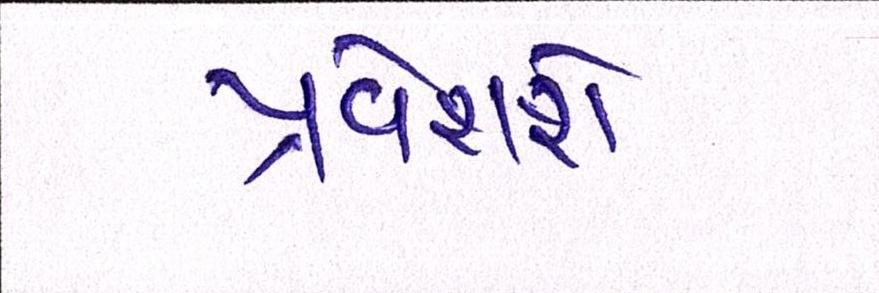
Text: પ્રવેશશે